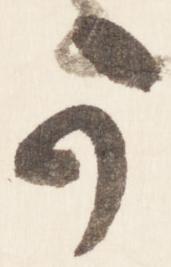
可